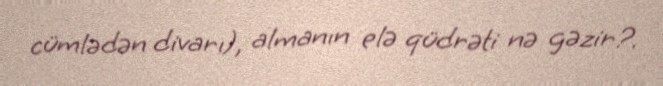
cümlədən divarı), almanın elə qüdrəti nə gəzir?.